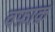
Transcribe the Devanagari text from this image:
वफ़ाक़